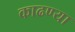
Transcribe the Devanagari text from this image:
काढण्या